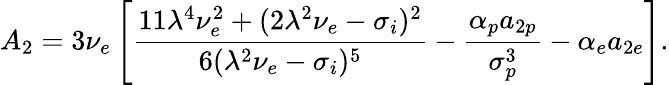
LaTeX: A_{2}=3\nu_{e}\left[\frac{11\lambda^{4}\nu_{e}^{2}+(2\lambda^{2}\nu_{e}-\sigma_{i})^{2}}{6(\lambda^{2}\nu_{e}-\sigma_{i})^{5}}-\frac{\alpha_{p}a_{2p}}{\sigma_{p}^{3}}-\alpha_{e}a_{2e}\right].